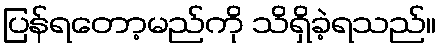
ပြန်ရတော့မည်ကို သိရှိခဲ့ရသည်။